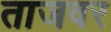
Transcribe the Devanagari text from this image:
ताजवर